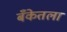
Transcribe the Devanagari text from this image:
बँकेतला